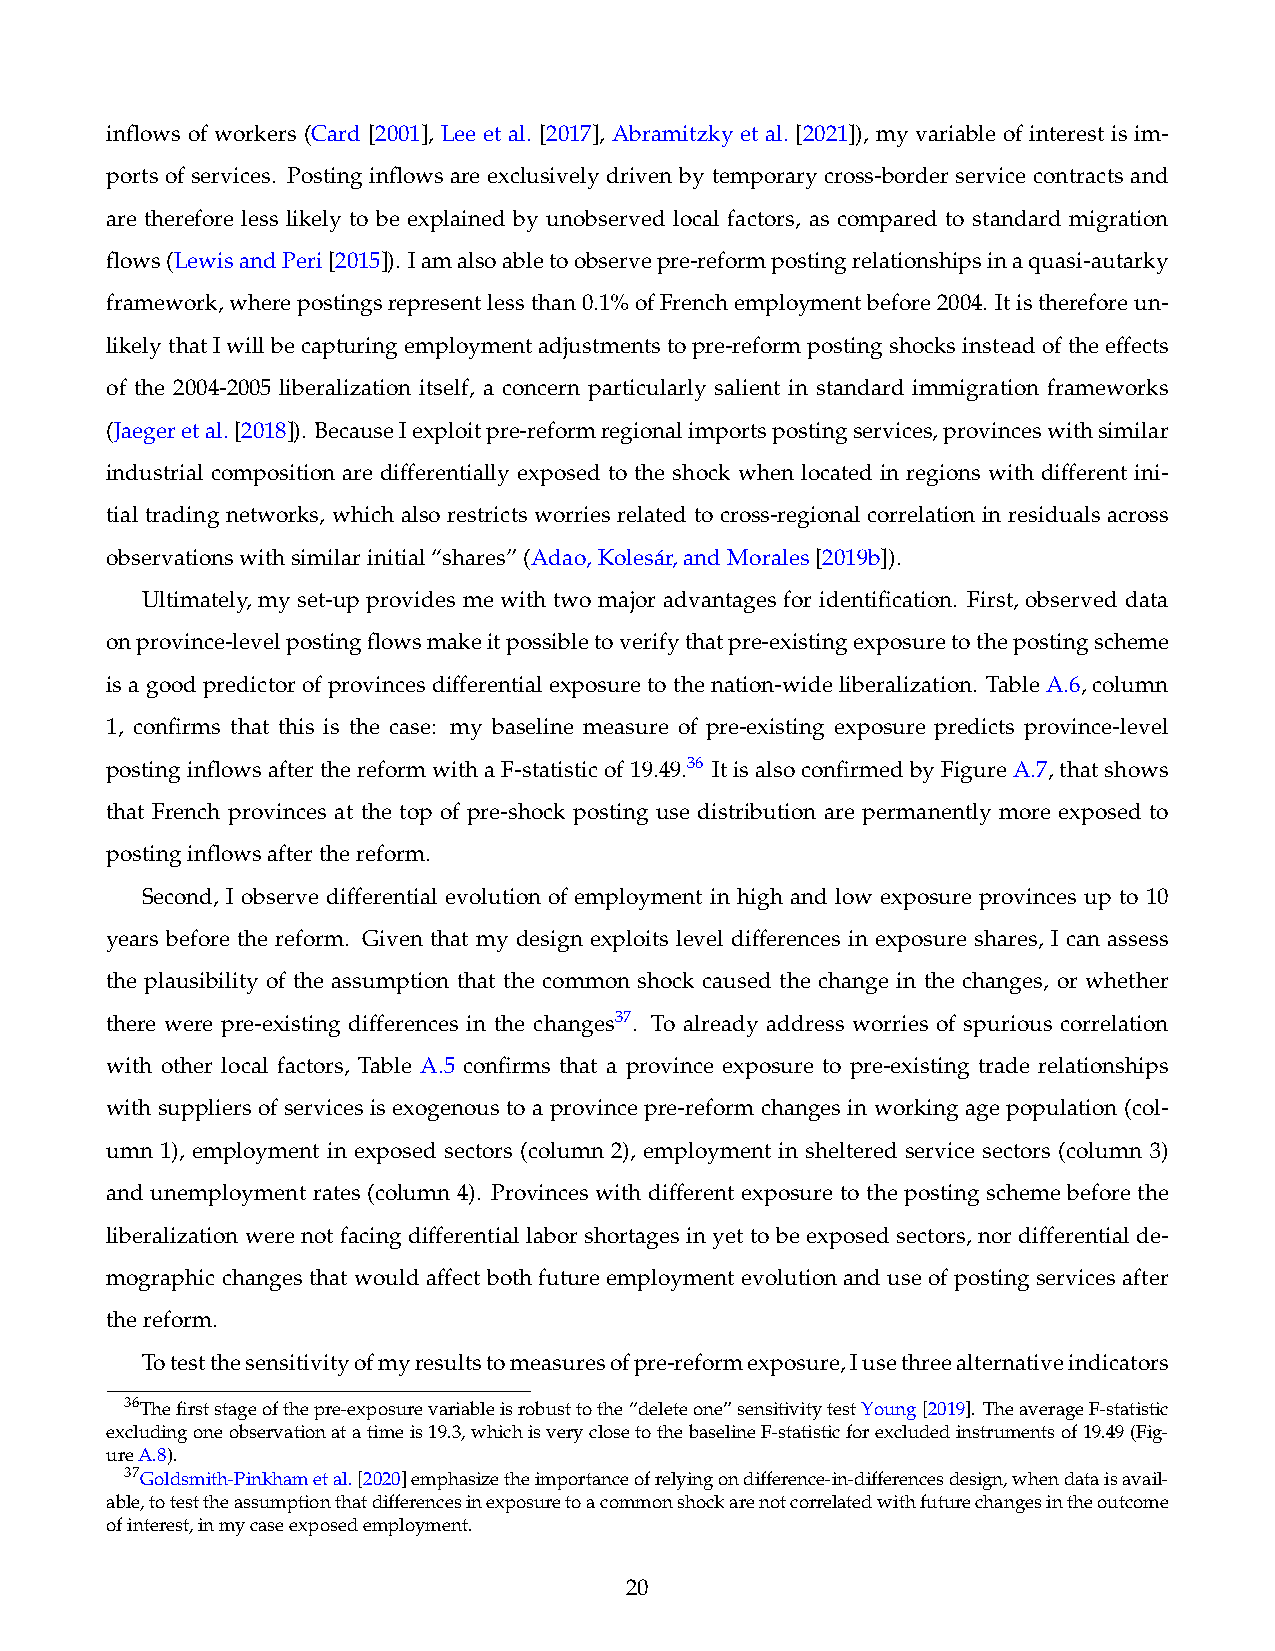
inflows of workers (Card [2001], Lee et al. [2017], Abramitzky et al. [2021]), my variable of interest is im-
 ports of services. Posting inflows are exclusively driven by temporary cross-border service contracts and
 are therefore less likely to be explained by unobserved local factors, as compared to standard migration
 flows(LewisandPeri[2015]). Iamalsoabletoobservepre-reformpostingrelationshipsinaquasi-autarky
 framework,wherepostingsrepresentlessthan0.1%ofFrenchemploymentbefore2004. Itisthereforeun-
 likelythatIwillbecapturingemploymentadjustmentstopre-reformpostingshocksinsteadoftheeffects
 of the 2004-2005 liberalization itself, a concern particularly salient in standard immigration frameworks
 (Jaegeretal.[2018]). BecauseIexploitpre-reformregionalimportspostingservices,provinceswithsimilar
 industrial composition are differentially exposed to the shock when located in regions with different ini-
 tial trading networks, which also restricts worries related to cross-regional correlation in residuals across
 observationswithsimilarinitial“shares”(Adao,Kolesár,andMorales[2019b]).
 Ultimately, my set-up provides me with two major advantages for identification. First, observed data
 onprovince-levelpostingflowsmakeitpossibletoverifythatpre-existingexposuretothepostingscheme
 isagoodpredictorofprovincesdifferentialexposuretothenation-wideliberalization. TableA.6, column
 1, confirms that this is the case: my baseline measure of pre-existing exposure predicts province-level
 postinginflowsafterthereformwithaF-statisticof19.49.36 ItisalsoconfirmedbyFigureA.7,thatshows
 that French provinces at the top of pre-shock posting use distribution are permanently more exposed to
 postinginflowsafterthereform.
 Second, I observe differential evolution of employment in high and low exposure provinces up to 10
 years before the reform. Given that my design exploits level differences in exposure shares, I can assess
 the plausibility of the assumption that the common shock caused the change in the changes, or whether
 there were pre-existing differences in the changes37. To already address worries of spurious correlation
 with other local factors, Table A.5 confirms that a province exposure to pre-existing trade relationships
 with suppliers of services is exogenous to a province pre-reform changes in working age population (col-
 umn 1), employment in exposed sectors (column 2), employment in sheltered service sectors (column 3)
 and unemployment rates (column 4). Provinces with different exposure to the posting scheme before the
 liberalization were not facing differential labor shortages in yet to be exposed sectors, nor differential de-
 mographic changes that wouldaffect bothfuture employmentevolution anduse of postingservices after
 thereform.
 Totestthesensitivityofmyresultstomeasuresofpre-reformexposure,Iusethreealternativeindicators
 36Thefirststageofthepre-exposurevariableisrobusttothe“deleteone”sensitivitytestYoung[2019]. TheaverageF-statistic
 excludingoneobservationatatimeis19.3,whichisveryclosetothebaselineF-statisticforexcludedinstrumentsof19.49(Fig-
 ureA.8).
 37Goldsmith-Pinkhametal.[2020]emphasizetheimportanceofrelyingondifference-in-differencesdesign,whendataisavail-
 able,totesttheassumptionthatdifferencesinexposuretoacommonshockarenotcorrelatedwithfuturechangesintheoutcome
 ofinterest,inmycaseexposedemployment.
 20